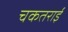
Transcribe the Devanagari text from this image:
चकतराई